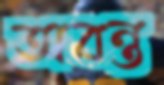
অবন্ত